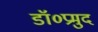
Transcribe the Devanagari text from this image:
डॉ०प्रमुद